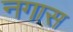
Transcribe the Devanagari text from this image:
नगास